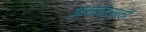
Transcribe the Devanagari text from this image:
आयपॅडसाठी